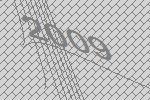
2009